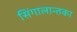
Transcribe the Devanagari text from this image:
सिंगालान्तका